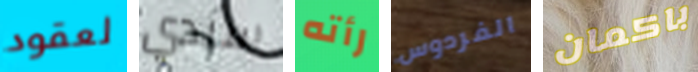
لعقود سيدي رأته الفردوس باكمان